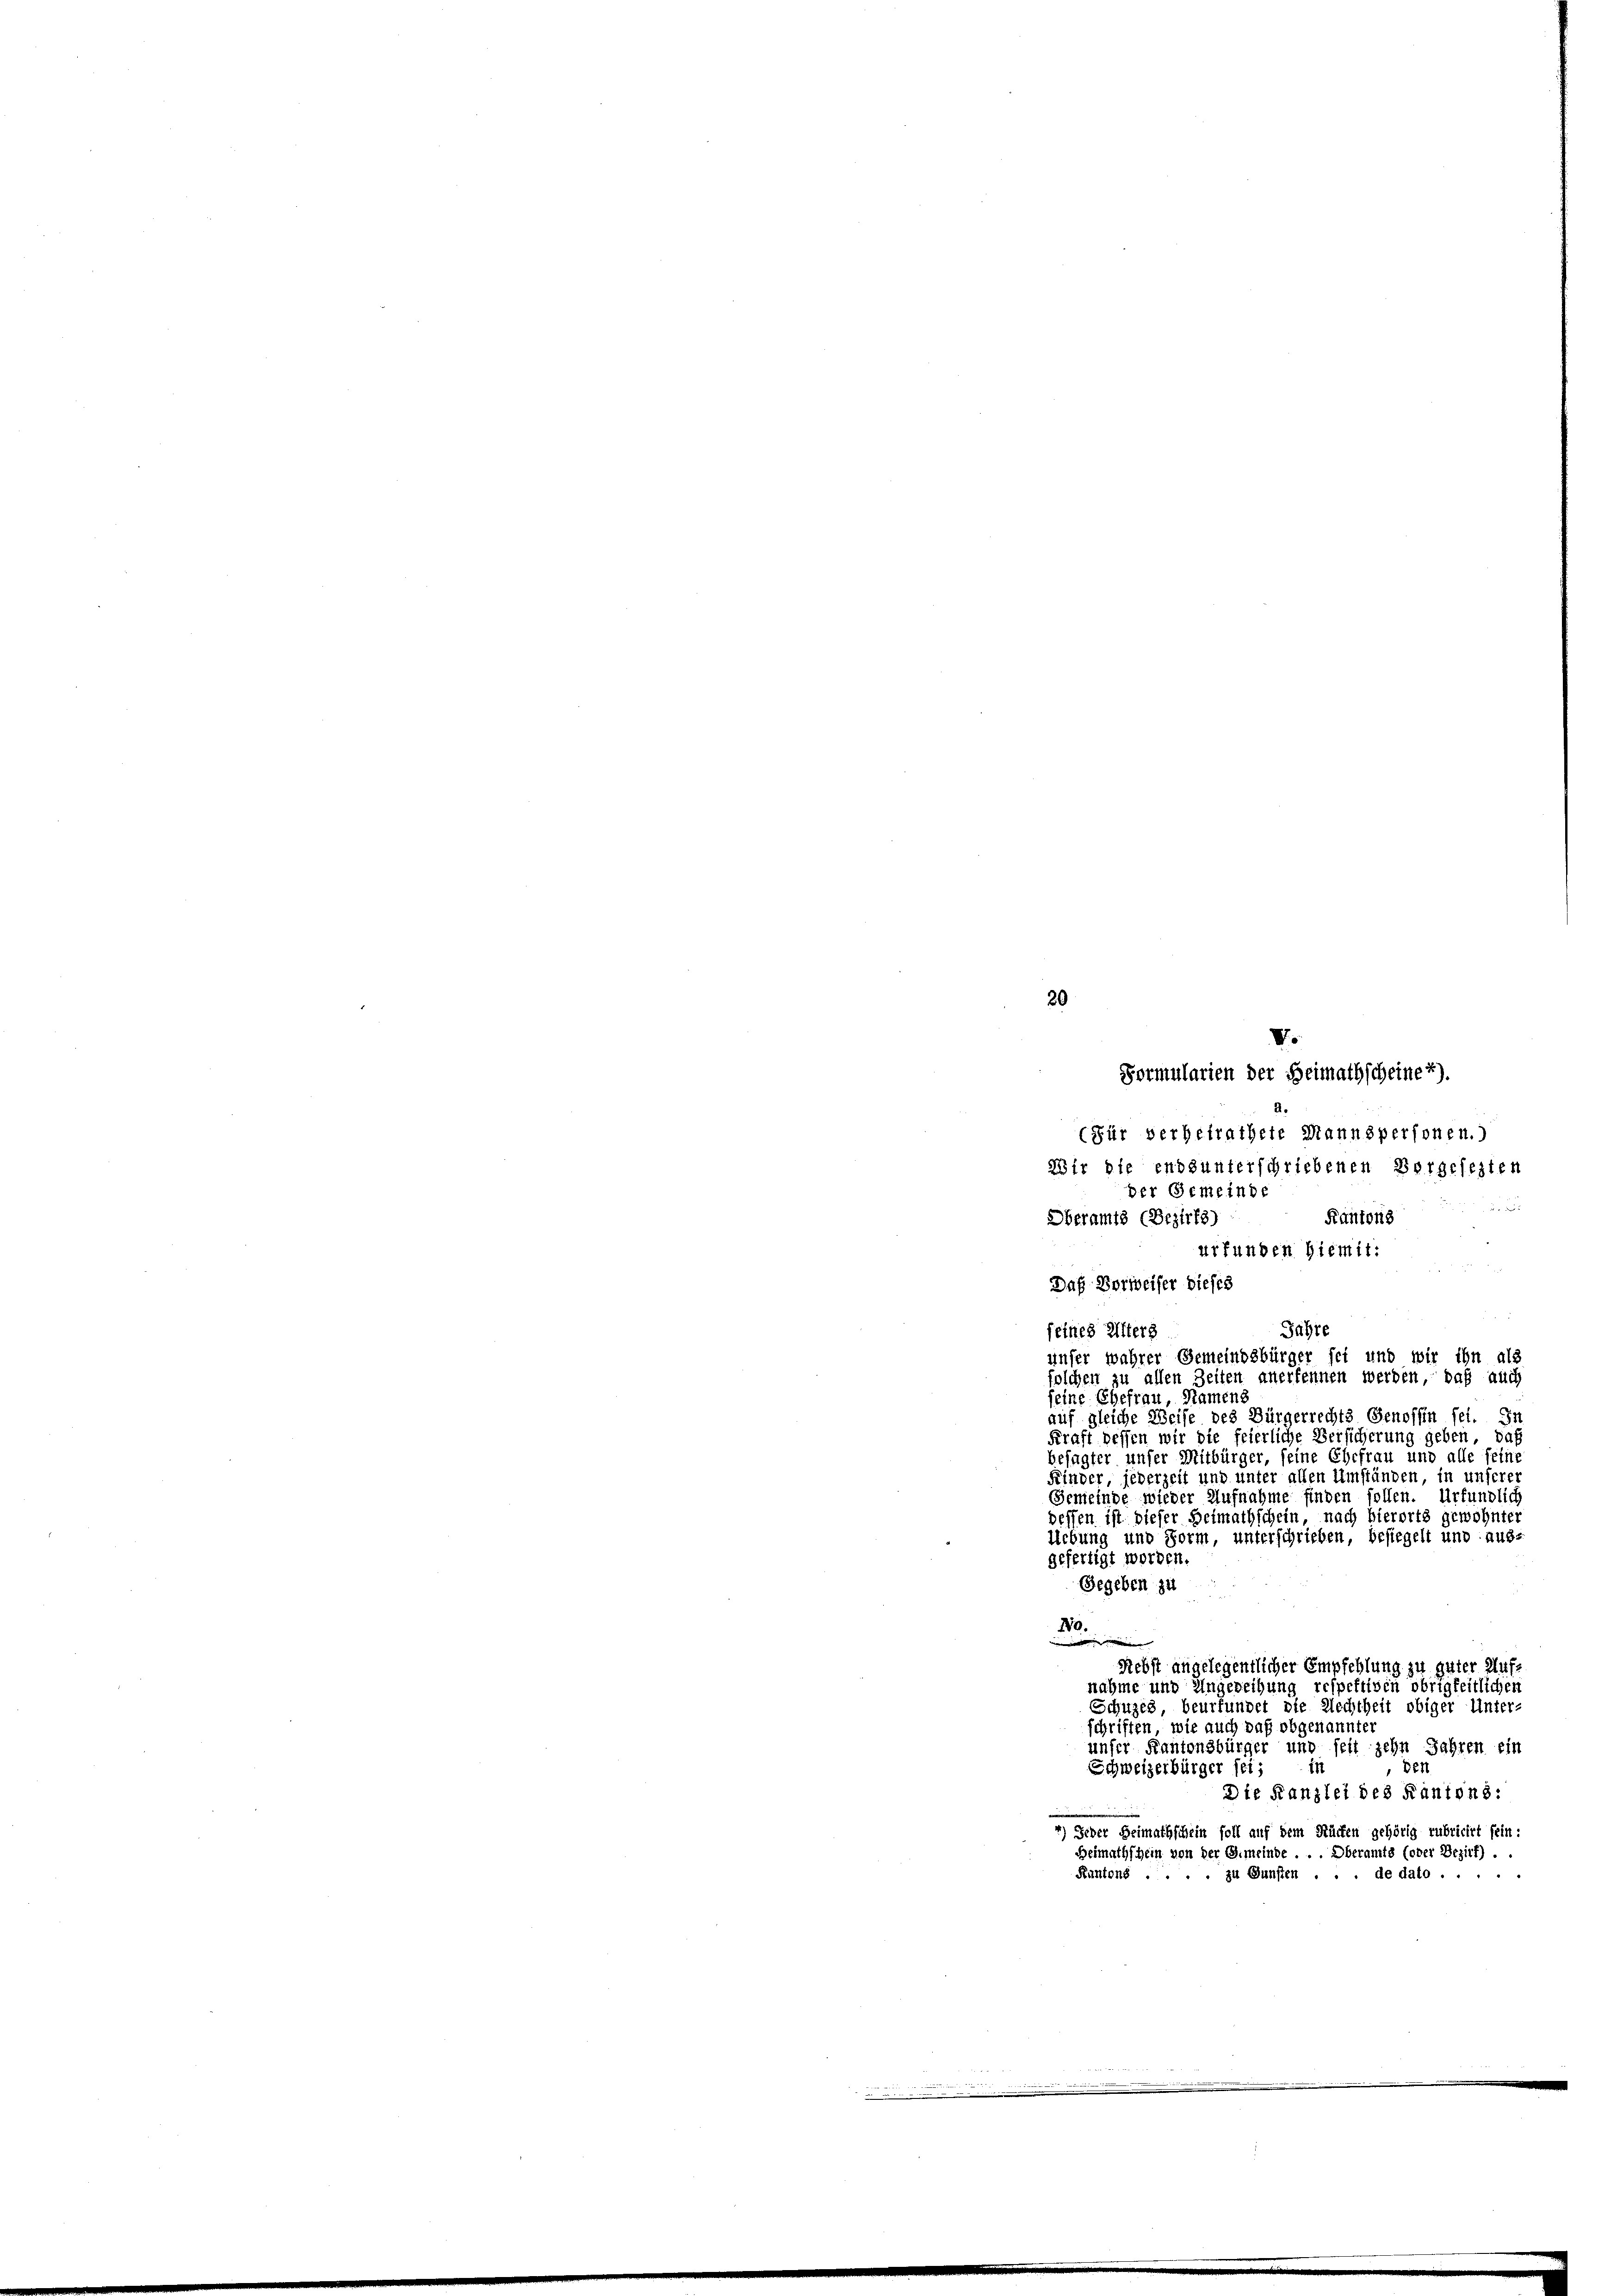
Formularien der Heimathscheine 2).
(für verheirathete Mannspersonen.)
Wir die ends unterschriebenen Bergesezten
ber Gemeinde

Kantons
urfunden hiemit:
Daß Vorweiser dieses
Jahre
seines Unterg
unser wahrer Gemeindsbürger sei und wir ihn als
folchen zu allen Zeiten anerkennen werden, daß auch
seine Ehefrau Namens
auf gleiche Weise des Bürgerrechts Genossin sei. In
Kraft dessen wir die feierliche Versicherung geben, daß
besagter unser Mitbürger, seine Ehefrau und alle seine
Kinder, jederzeit und unter allen Umständen, in unserer
Gemeinde wieder Aufnahme finden sollen. Urfündlich
dessen ist dieser Heimathschein, nach hierorts gewohnter
Uebung und Form, unterschrieben, besiegelt und aus-
gefertigt worden.
Gegeben zu
170.
i
Rebst angelegentlicher Empfehlung zu guter Aufs
nahme und Ungereihung respektiven obrigkeitlichen
Schuzes beurfundet die Rechtheit obiger Unter-
schriften, wie auch daß obgenannter
unser Kantonsbürger und seit zehn Jahren ein
den
Schweizerbürger sei;
in
Die Kanzlei des Kantons:
4) Jeder Heimathschein soll auf dem Rücken gehörig rubricirt fein:
Heimathschein von der Gemeinde Oberamts (oder Bezirf)
Kantons . . . . zu Gunsten . . . de dato .....

8

20
V.

Oberamts (Bezirks)